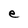
Character: e